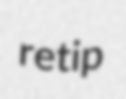
retip